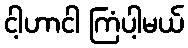
ငါ့ဟာငါ ကြံပါ့မယ်